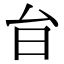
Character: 𭥎